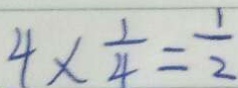
4 \times \frac { 1 } { 4 } = \frac { 1 } { 2 }